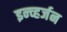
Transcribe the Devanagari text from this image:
इन्व्हर्जन